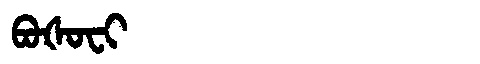
Manchu: ᠪᠣᡧᠣᠸᡳ
Romanization: BOŠOFI